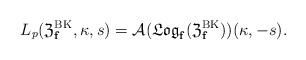
LaTeX: \begin{align*}L_p(\frak{Z}^{\textup{BK}}_{\mathbf{f}},\kappa,s)=\mathcal A(\frak{Log}_{\mathbf{f}}(\frak{Z}^{\textup{BK}}_{\mathbf{f}}))(\kappa,-s).\end{align*}